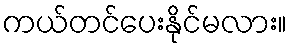
ကယ်တင်ပေးနိုင်မလား။